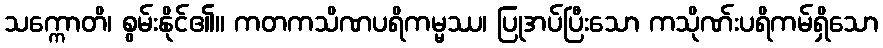
သက္ကောတိ၊ စွမ်းနိုင်၏။ ကတကသိဏပရိကမ္မဿ၊ ပြုအပ်ပြီးသော ကသိုဏ်းပရိကမ်ရှိသော